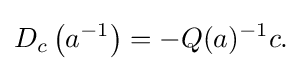
\displaystyle {D_{c}\left(a^{-1}\right)=-Q(a)^{-1}c.}